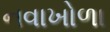
નવાખોળા